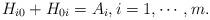
LaTeX: \begin{align*}~H_{i0}+H_{0i}=A_{i}, i=1,\cdots,m. \end{align*}